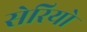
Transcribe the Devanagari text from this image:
सेरियो